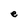
Character: e